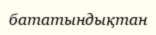
бататындықтан